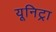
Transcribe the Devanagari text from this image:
यूनिट्रा